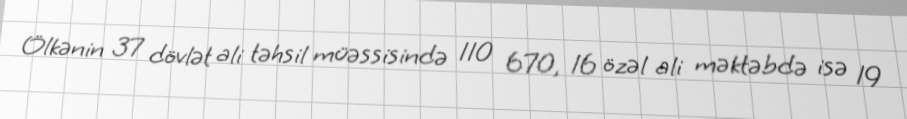
Ölkənin 37 dövlət ali təhsil müəssisində 110 670, 16 özəl ali məktəbdə isə 19